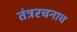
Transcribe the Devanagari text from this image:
तंत्ररचनाच